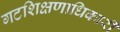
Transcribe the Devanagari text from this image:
गटशिक्षणाधिकारी